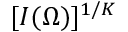
[ I ( \Omega ) ] ^ { 1 / K }